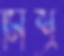
মিশ্র